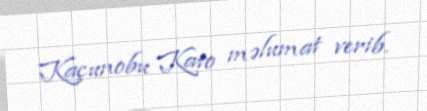
Kaçunobu Kato məlumat verib.